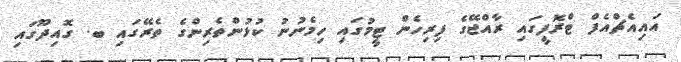
އައިއެޗްއެފް ޓްރޮފީގައި ރާއްޖޭގެ ފިރިހެން ޓީމުގައި ހިމެނުނު ކުޅުންތެރިންގެ ތެރޭގައި ބ. ގޮއިދޫގައި